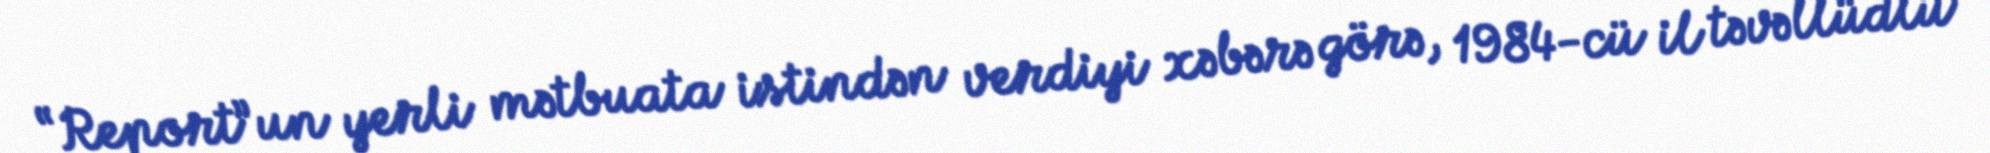
“Report”un yerli mətbuata istindən verdiyi xəbərə görə, 1984-cü il təvəllüdlü